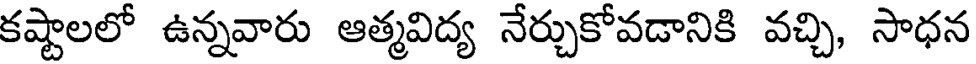
కష్టాలలో ఉన్నవారు ఆత్మవిద్య నేర్చుకోవడానికి వచ్చి, సాధన